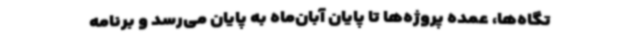
تگاه‌ها، عمده پروژه‌ها تا پایان آبان‌ماه به پایان می‌رسد و برنامه